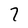
Character: 7